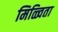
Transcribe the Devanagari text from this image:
मिळ्विता